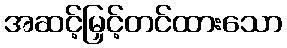
အဆင့်မြှင့်တင်ထားသော